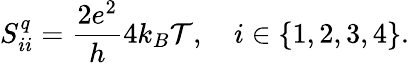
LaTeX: S_{ii}^{q}=\frac{2e^{2}}{h}4k_{B}\mathcal{T},\quad i\in\{ 1,2,3,4\} .